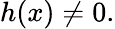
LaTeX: h(x)\neq 0.